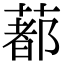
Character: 𦺥